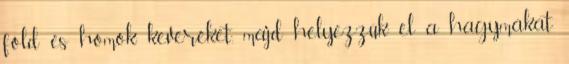
föld és homok keveréket, majd helyezzük el a hagymákat